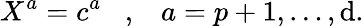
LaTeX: X^{a}=c^{a}\; \; \; ,\; \; \; a=p+1,\ldots,\mathrm{d}.